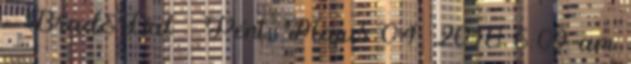
- Brad&Dal ₰ Pént. Május 04, 2018 6:09 am